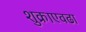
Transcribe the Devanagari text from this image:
शुक्राएवढा